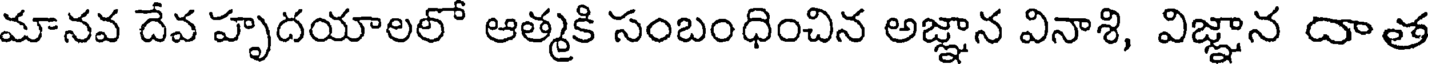
మానవ దేవ హృదయాలలో ఆత్మకి సంబంధించిన అజ్ఞాన వినాశి, విజ్ఞాన దాత